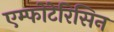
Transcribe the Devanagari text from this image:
एम्फोटेरिसिन